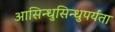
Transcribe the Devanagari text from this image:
आसिन्धुसिन्धुपर्यंता